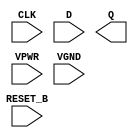
module sky130_fd_sc_hs__dfrtp (
    RESET_B,
    CLK    ,
    D      ,
    Q      ,
    VPWR   ,
    VGND
);

    input  RESET_B;
    input  CLK    ;
    input  D      ;
    output Q      ;
    input  VPWR   ;
    input  VGND   ;
endmodule